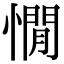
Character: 憪